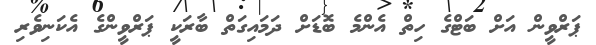
ޕަރްވީން އަށް ބަޓްގެ ހިތް އެންމެ ބޮޑަށް ދަމައިގަތް ބާރަކީ ޕަރްވީންގެ އެކަނިވެރި